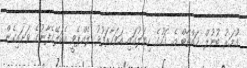
އުމަރު ބުނުލް ޚައްތާބް އެ ގަހުގެ ހިޔަލުގައި އަވަހާރަފުޅު ލެއްޕެވީ އެކަލޭގެފާނުގެ ވަށައިގެން